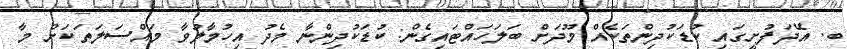
ބ. އޭދަފުށީގައި ކުޑަކުދިންތަކެއް މޫދަށް ބަލަހައްޓައިގެން: ކުޑަކުދިންނާ މެދު އިހުމާލުވާ މައްސަލަތަކަށް މާ